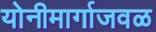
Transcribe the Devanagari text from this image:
योनीमार्गाजवळ